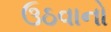
ઉઠવાનો